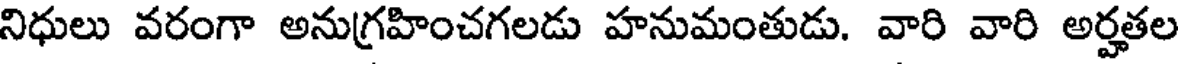
నిధులు వరంగా అనుగ్రహించగలడు హనుమంతుడు. వారి వారి అర్హతల